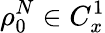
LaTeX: \rho_{0}^{N}\in C_{x}^{1}